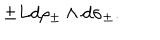
\pm L d \rho _ { \pm } \wedge d \sigma _ { \pm } .